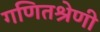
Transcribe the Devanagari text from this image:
गणितश्रेणी